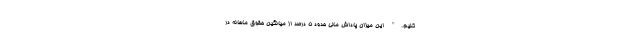
کنیم." این میزان پاداش مالی حدود 5 درصد از میانگین حقوق ماهانه در